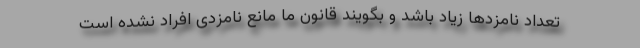
تعداد نامزدها زیاد باشد و بگویند قانون ما مانع نامزدی افراد نشده است